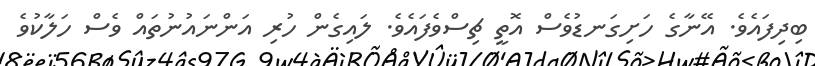
ބިދިފައެވެ. އޭނާގެ ހަށިގަނޑުވެސް އޮތީ ޗިސްވެފައެވެ. ލައިގެން ހުރި އަންނައުނުތައް ވެސް ހަލާކުވެ